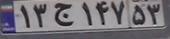
۱۳ج۱۴۷۵۳